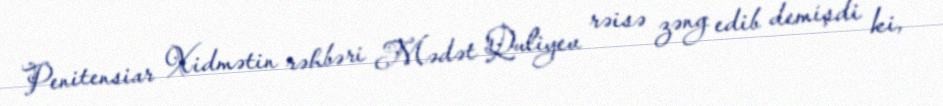
Penitensiar Xidmətin rəhbəri Mədət Quliyev rəisə zəng edib demişdi ki,